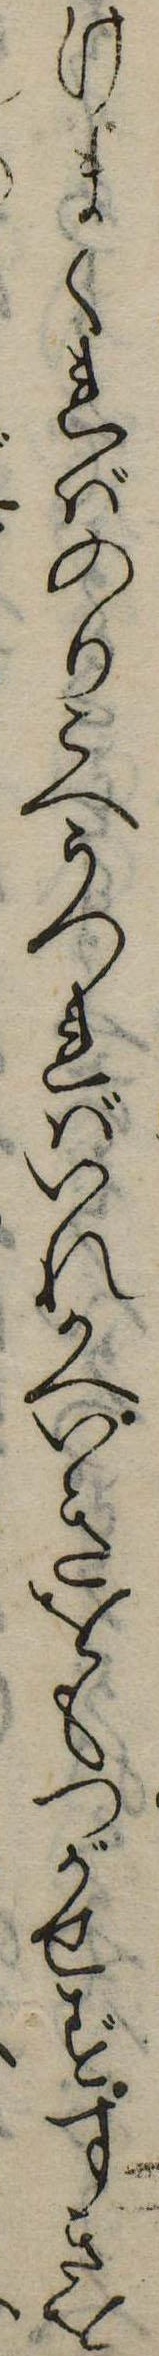
けまくればのりこへうつればいれかへいきをもつがせずすきを